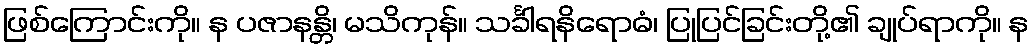
ဖြစ်ကြောင်းကို။ န ပဇာနန္တိ၊ မသိကုန်။ သင်္ခါရနိရောဓံ၊ ပြုပြင်ခြင်းတို့၏ ချုပ်ရာကို။ န